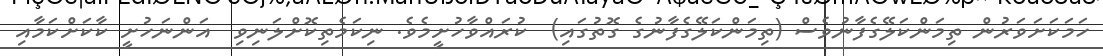
ހަމަކަށަވަރުން ތިމަންކަލޭގެފާނުވެސް (ތިމަންކަލޭގެފާނުގެ ގޮތުގައި)  ކުރައްވާހުށީމެވެ. ނިކަމެތިކޮށްލަނިވި  އަންނަހުށީ ކާކަށްކަމާއި